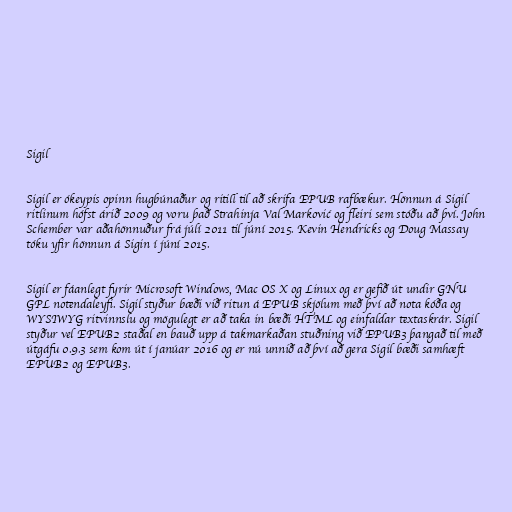
Sigil

Sigil er ókeypis opinn hugbúnaður og ritill til að skrifa EPUB rafbækur. Hönnun á Sigil
ritlinum hófst árið 2009 og voru það Strahinja Val Marković og fleiri sem stóðu að því. John
Schember var aðahönnuður frá júlí 2011 til júní 2015. Kevin Hendricks og Doug Massay
tóku yfir hönnun á Sigin í júní 2015.

Sigil er fáanlegt fyrir Microsoft Windows, Mac OS X og Linux og er gefið út undir GNU
GPL notendaleyfi. Sigil styður bæði við ritun á EPUB skjölum með því að nota kóða og
WYSIWYG ritvinnslu og mögulegt er að taka in bæði HTML og einfaldar textaskrár. Sigil
styður vel EPUB2 staðal en bauð upp á takmarkaðan stuðning við EPUB3 þangað til með
útgáfu 0.9.3 sem kom út í janúar 2016 og er nú unnið að því að gera Sigil bæði samhæft
EPUB2 og EPUB3.